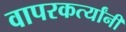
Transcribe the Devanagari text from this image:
वापरकर्त्यांनी